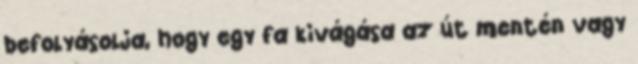
befolyásolja, hogy egy fa kivágása az út mentén vagy